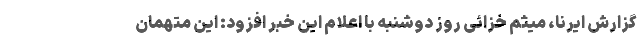
گزارش ایرنا، میثم خزائی روز دوشنبه با اعلام این خبر افزود: این متهمان